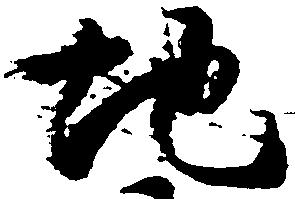
地